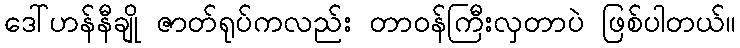
ဒေါ်ဟန်နီချို ဇာတ်ရုပ်ကလည်း တာဝန်ကြီးလှတာပဲ ဖြစ်ပါတယ်။